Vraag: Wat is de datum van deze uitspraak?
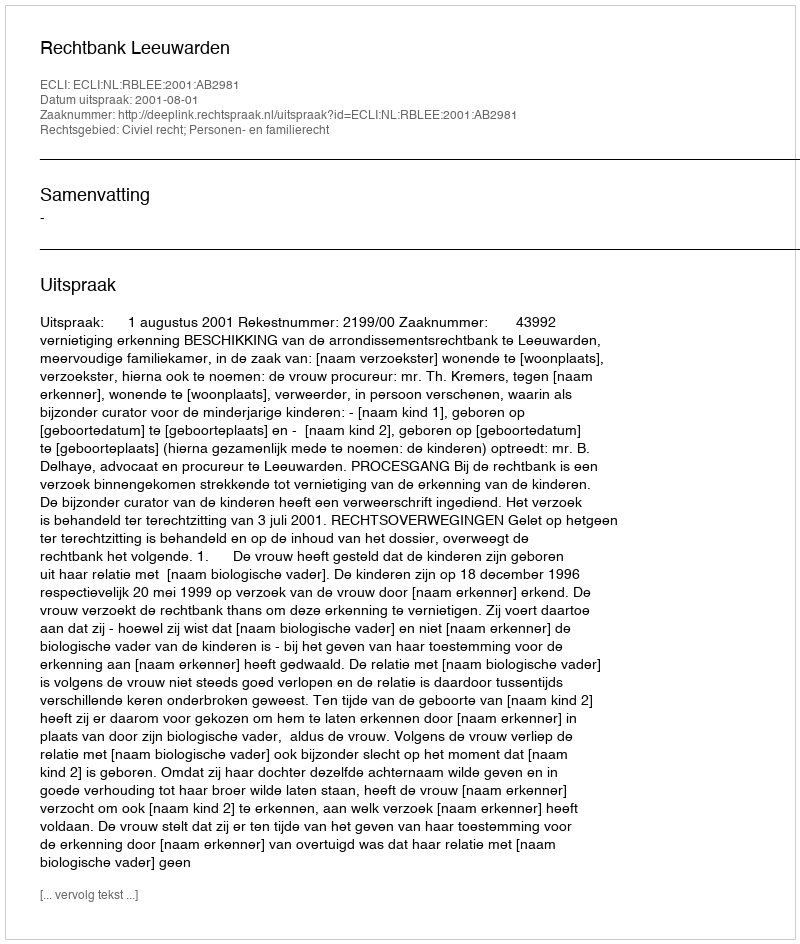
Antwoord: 2001-08-01